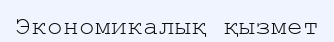
Экономикалық қызмет